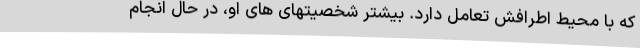
که با محیط اطرافش تعامل دارد. بیشتر شخصیتهای های او، در حال انجام